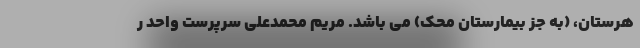
هرستان، (به جز بیمارستان محک) می باشد. مریم محمدعلی سرپرست واحد ر